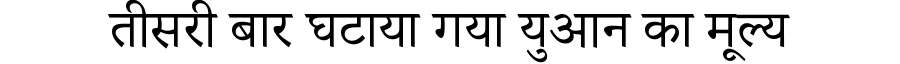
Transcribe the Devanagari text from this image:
तीसरी बार घटाया गया युआन का मूल्य